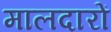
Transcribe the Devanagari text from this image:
मालदारों